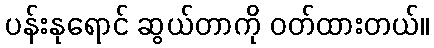
ပန်းနုရောင် ဆွယ်တာကို ဝတ်ထားတယ်။